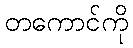
တကောင်ကို